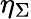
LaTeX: \eta_{\Sigma}